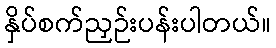
နှိပ်စက်ညှဉ်းပန်းပါတယ်။